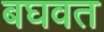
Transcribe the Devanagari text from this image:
बघवत